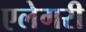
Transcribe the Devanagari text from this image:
एलेगरी